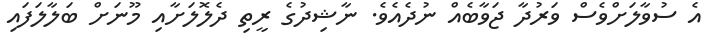
އެ ސުވާލަށްވެސް ވަރުދާ ޖަވާބެއް ނުދެއެވެ. ނާޝިދުގެ ރީތި ދެލޮލަށާއި މޫނަށް ބަލާލަފައި